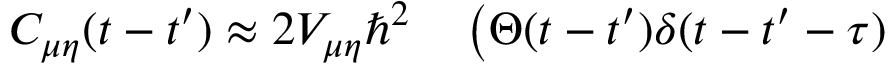
\begin{array} { r l } { C _ { \mu \eta } ( t - t ^ { \prime } ) \approx 2 V _ { \mu \eta } \hbar ^ { 2 } } & { { } \left( \Theta ( t - t ^ { \prime } ) \delta ( t - t ^ { \prime } - \tau ) \right. } \end{array}